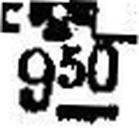
±###□ 950